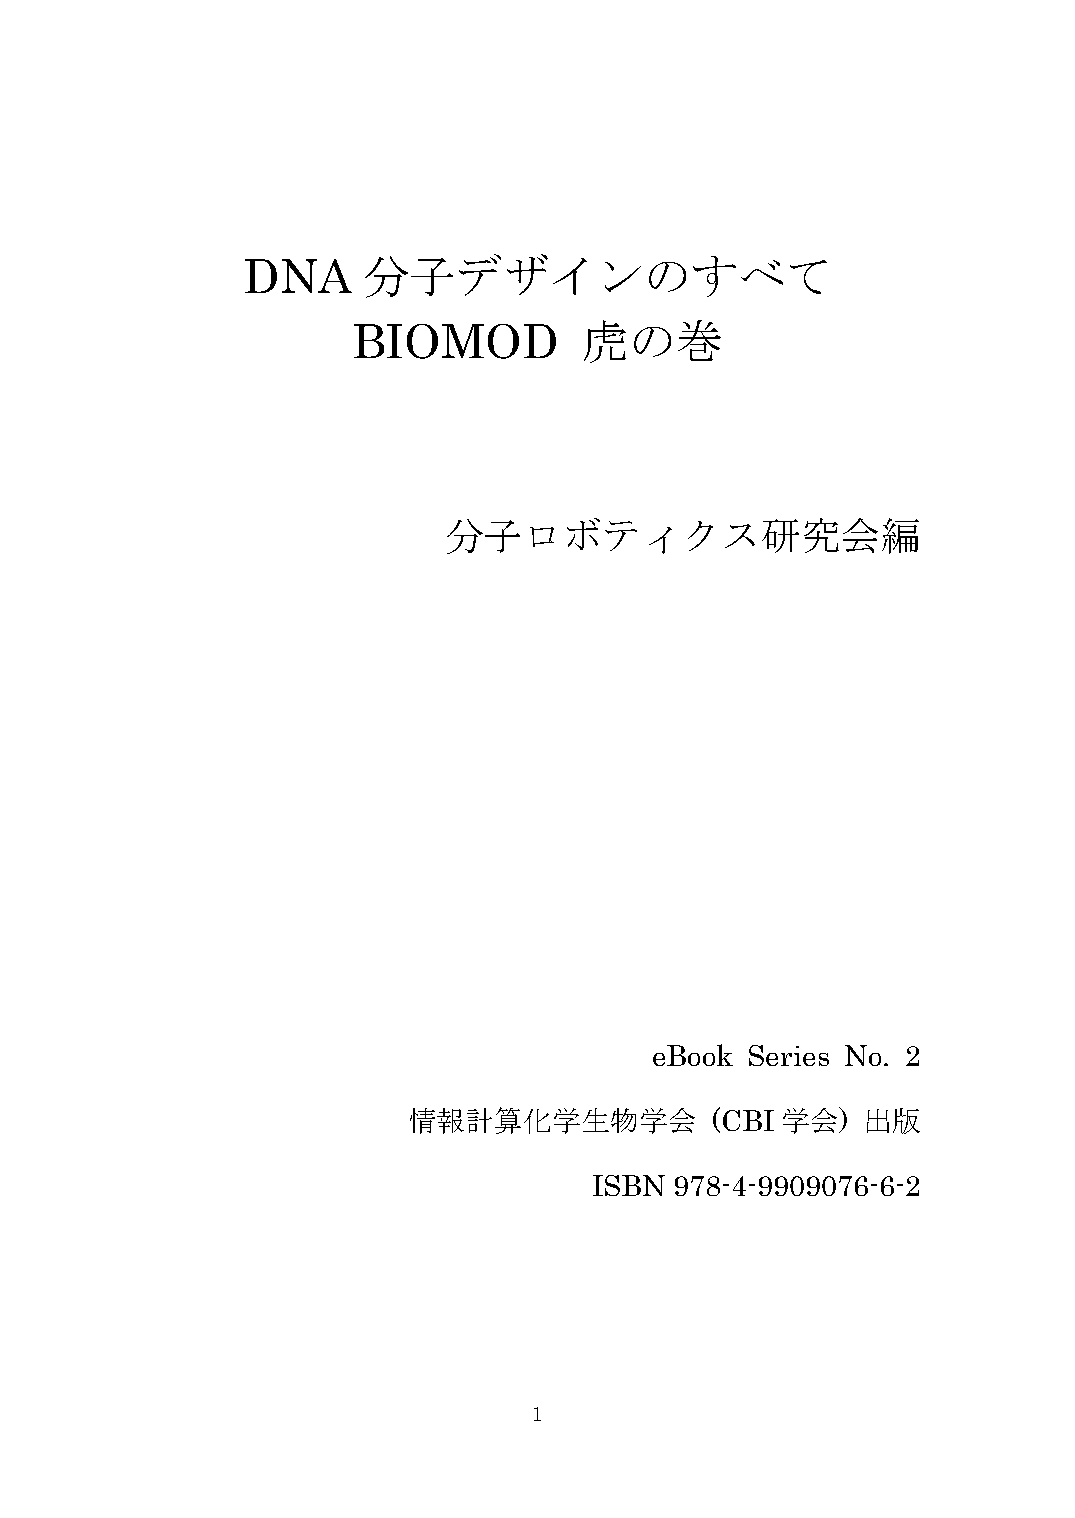
DNA     分子デザインのすべて
 BIOMOD          虎の巻
 分子ロボティクス研究会編
 eBook  Series No. 2
 情報計算化学生物学会          (CBI 学会)  出版
 ISBN  978-4-9909076-6-2
 1